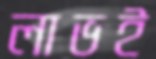
লাভই